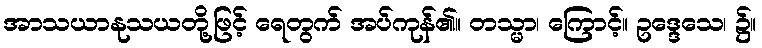
အာသယာနုသယတို့ဖြင့် ရေတွက် အပ်ကုန်၏။ တသ္မာ၊ ကြောင့်။ ဥဒ္ဒေသေ၊ ၌။